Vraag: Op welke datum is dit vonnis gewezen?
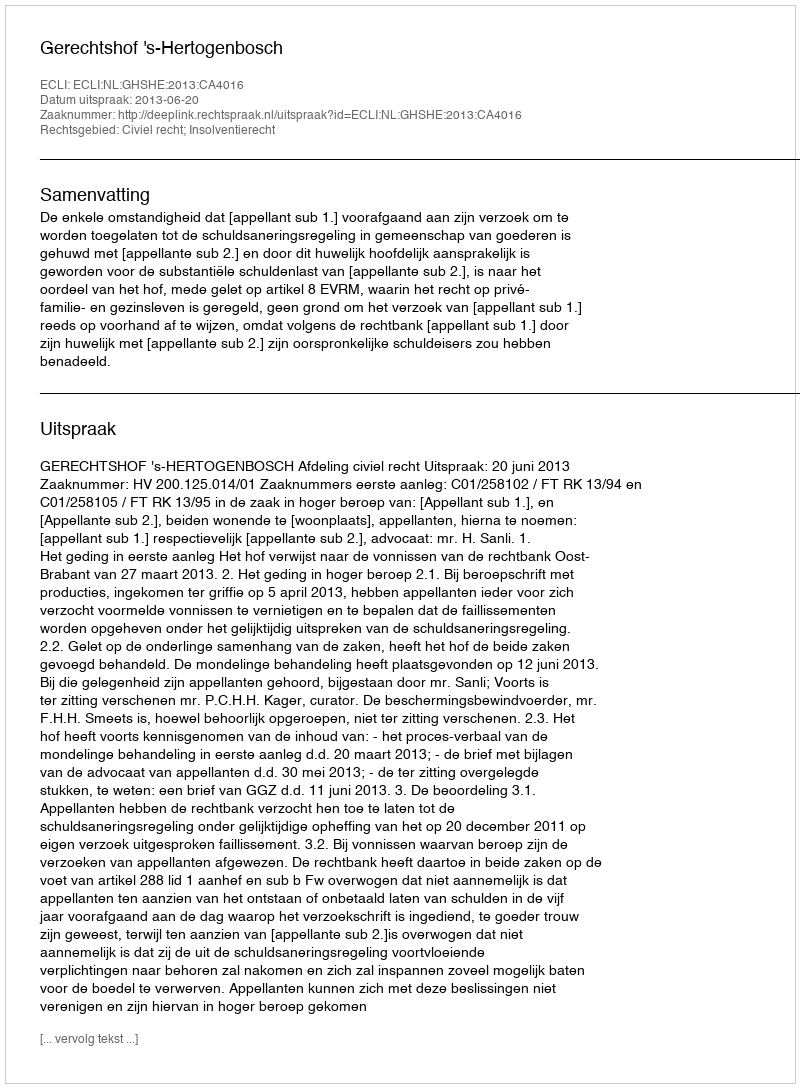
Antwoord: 2013-06-20